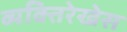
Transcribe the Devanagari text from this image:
व्यक्तिरेखेस